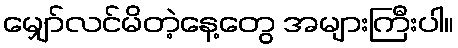
မျှော်လင်မိတဲ့နေ့တွေ အများကြီးပါ။